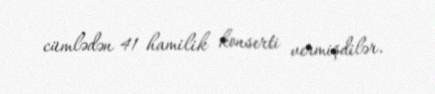
cümlədən 41 hamilik konserti vermişdilər.